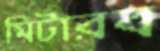
মিটারব